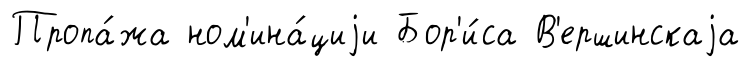
Пропа́жа ном'ина́циjи Бор'и́са В'ершинскаjа